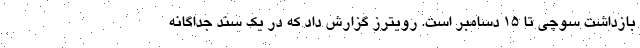
بازداشت سوچی تا ۱۵ دسامبر است. رویترز گزارش داد که در یک سند جداگانه